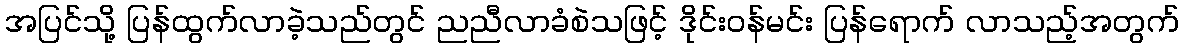
အပြင်သို့ ပြန်ထွက်လာခဲ့သည်တွင် ညညီလာခံစဲသဖြင့် ဒိုင်းဝန်မင်း ပြန်ရောက် လာသည့်အတွက်